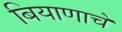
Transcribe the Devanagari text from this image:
बियाणाचे